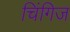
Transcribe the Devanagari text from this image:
चिंगिज